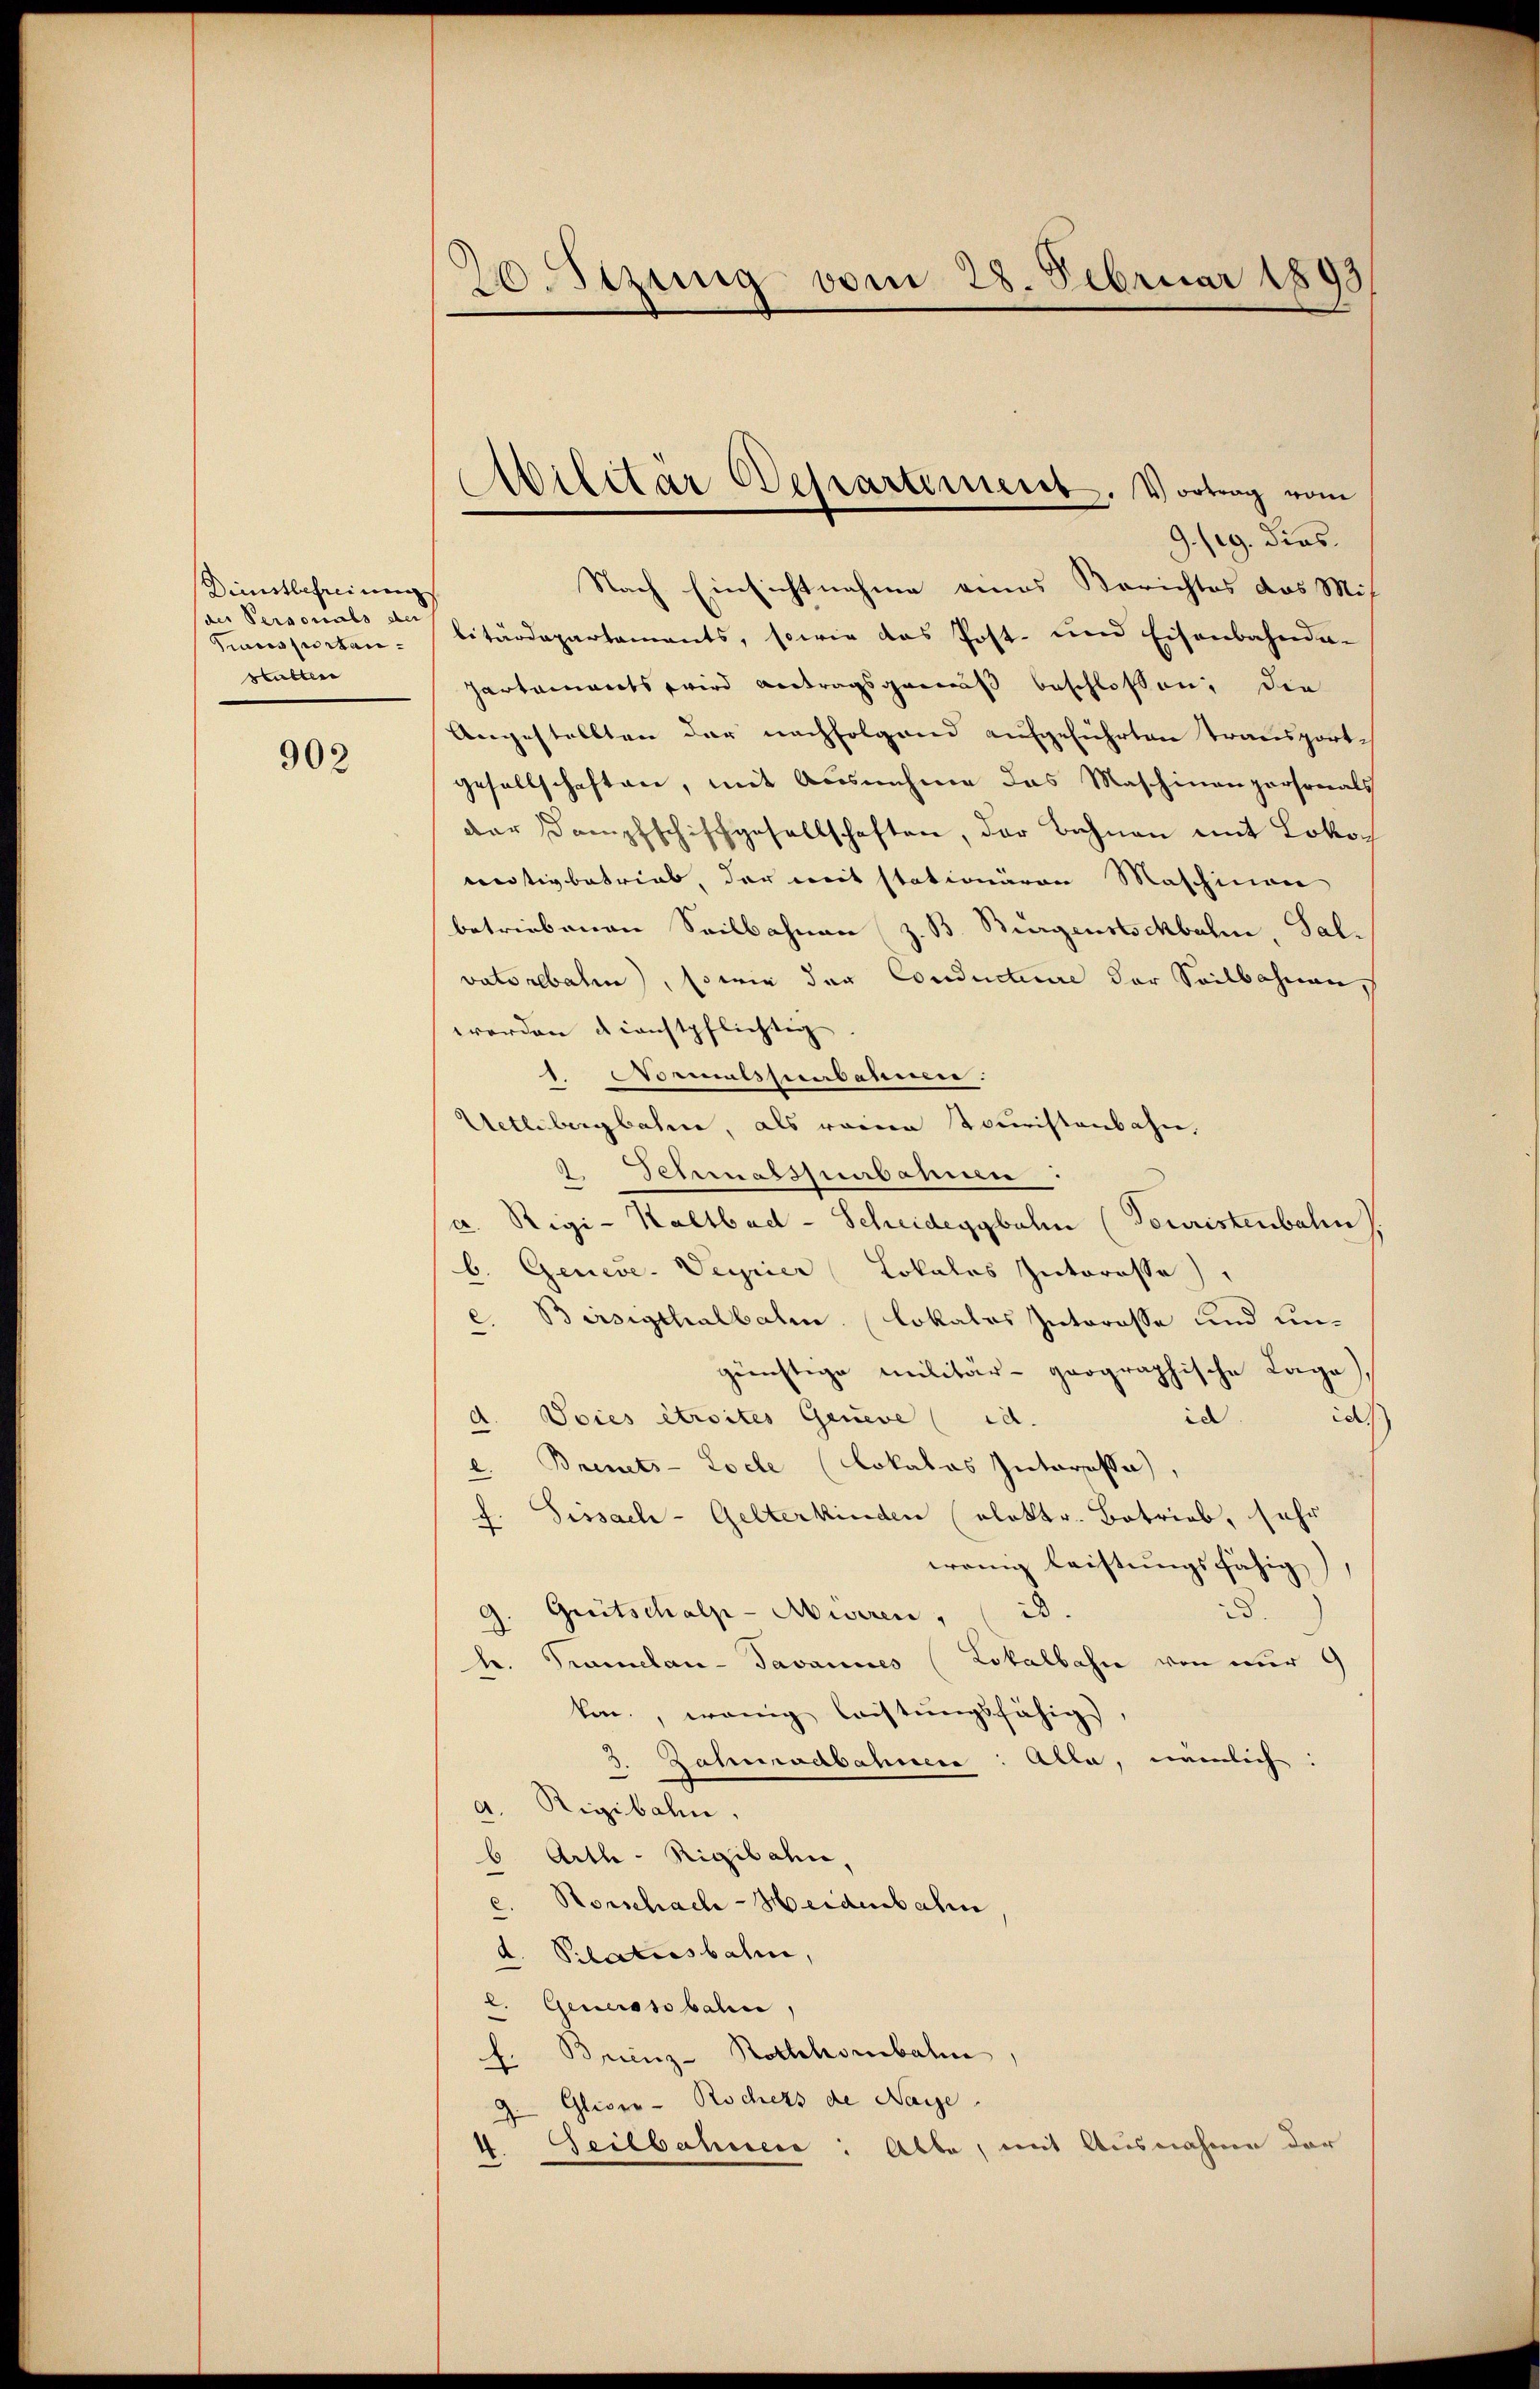
Dienstbefreiung
des Personals der
Transportanstatten

902

9./9. dies.
Nach Einsichtnahme eines Berichtes das Mit-
litärdepartaments, sowie das Post- und Eisenbahnda-
partamants wird Antragsgemäß beschlossen, die
Angestellten der nachfolgend aufgeführten Transportgesellschaften, mit Ausnahme das Maschinenpersonals
dar Dampfschiffgesellschaften, der Bahnen mit Lokon
mitiv betrieb, der mit stationären Maschinen
betriebenen Seilbahnen z. B. Bürgenstschbahn Talvaterbalen), so wie der Conducteure der Seilbahnen
werden dienstpflichtig |
1. Normalssenbahnen.
Uetlibergbahne, als reine Touristenbahn,
2.Schmalspurbarien:
a. Rigi-Kaltbad-Scheideggbalm (Touristenbahn
b. Geneve-Veyrier Lokales Interesse)
e. Birsigthalbahne Lokales Interesse und ungünstige Militär- geographische Lage),
id
id
d. Soies étroites Geneve (id.
.
" Brinets-Loche Lokalas Interesse
f. Sissach- Gelterkinden elektr. Betrieb, sehr
wenig leistungsfähig,
Greitschalp-Aisiren, i
.
h. Tramelan-Javannes (Lokalbahn von nur
ken, wenig leistungsfähig
Zaturadbahnere: Alle, nämlich:
d. Rigibahn
b Arth - Rigibahn,
c. Horschach-Heidenbahn
d. Pilatiosbalm,
l. Generssobal
Brienz- Rothhombahn
A
Glico - Rochers de Naye.
d
4. Seilbahnere: Alte, mit Ausnahme der

2.Stzung vom 28. Februar 1893

Militär Departiment. Vortrag vom